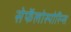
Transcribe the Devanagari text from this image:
सेफॅलोस्पोरिन्स